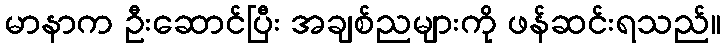
မာနာက ဦးဆောင်ပြီး အချစ်ညများကို ဖန်ဆင်းရသည်။